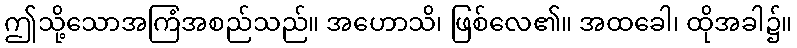
ဤသို့သောအကြံအစည်သည်။ အဟောသိ၊ ဖြစ်လေ၏။ အထခေါ၊ ထိုအခါ၌။